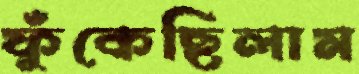
ফুঁকেছিলাম